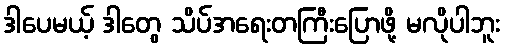
ဒါပေမယ့် ဒါတွေ သိပ်အရေးတကြီးပြောဖို့ မလိုပါဘူး